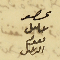
عصو حلىل نعوم الرحى